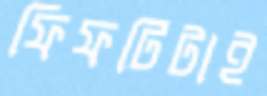
ফিফটিটাই